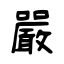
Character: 嚴